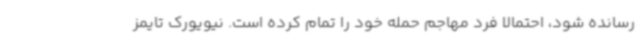
رسانده شود، احتمالا فرد مهاجم حمله خود را تمام کرده است. نیویورک تایمز